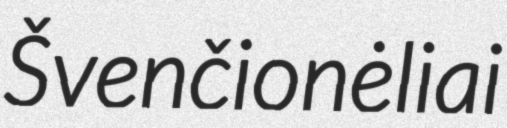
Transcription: Švenčionėliai